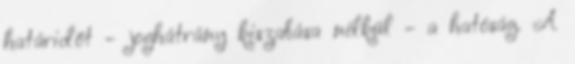
határidőt - joghátrány kiszabása nélkül - a hatóság. A